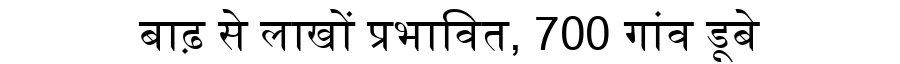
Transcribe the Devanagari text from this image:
बाढ़ से लाखों प्रभावित, 700 गांव डूबे